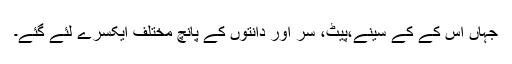
جہاں اس کے کے سینے،پیٹ، سر اور دانتوں‌ کے پانچ مختلف ایکسرے لئے گئے۔